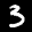
Label: 3